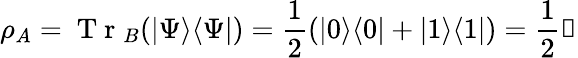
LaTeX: \rho_{A}=\mathrm{~T~r~}_{B}(|\Psi\rangle\langle\Psi|)=\frac 12\left(|0\rangle\langle 0|+|1\rangle\langle 1|\right)=\frac 12\mathbb{1}